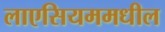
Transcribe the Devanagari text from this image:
लाएसियममधील